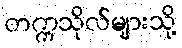
တက္ကသိုလ်များသို့